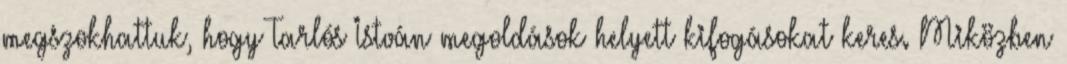
megszokhattuk, hogy Tarlós István megoldások helyett kifogásokat keres. Miközben